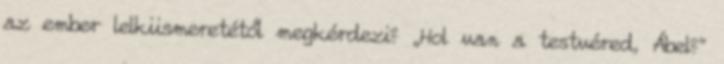
az ember lelkiismeretétől megkérdezi? „Hol van a testvéred, Ábel?”